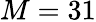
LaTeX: M=31